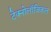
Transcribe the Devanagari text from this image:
टेक्नोलॉजिकल